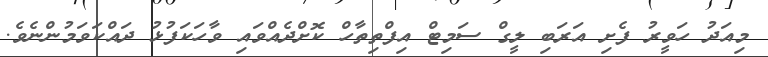
މިއަދު ހަވީރު ފެށި އަރަބި ލީގް ސަމިޓް އިފްތިތާހް ކޮށްދެއްވައި ވާހަކަފުޅު ދައްކަވަމުންނެވެ.